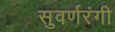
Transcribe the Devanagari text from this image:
सुवर्णरंगी